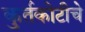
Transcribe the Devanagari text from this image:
कुर्तकोटीचे